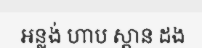
អន្លង់ ហាប ស្ពាន ដង